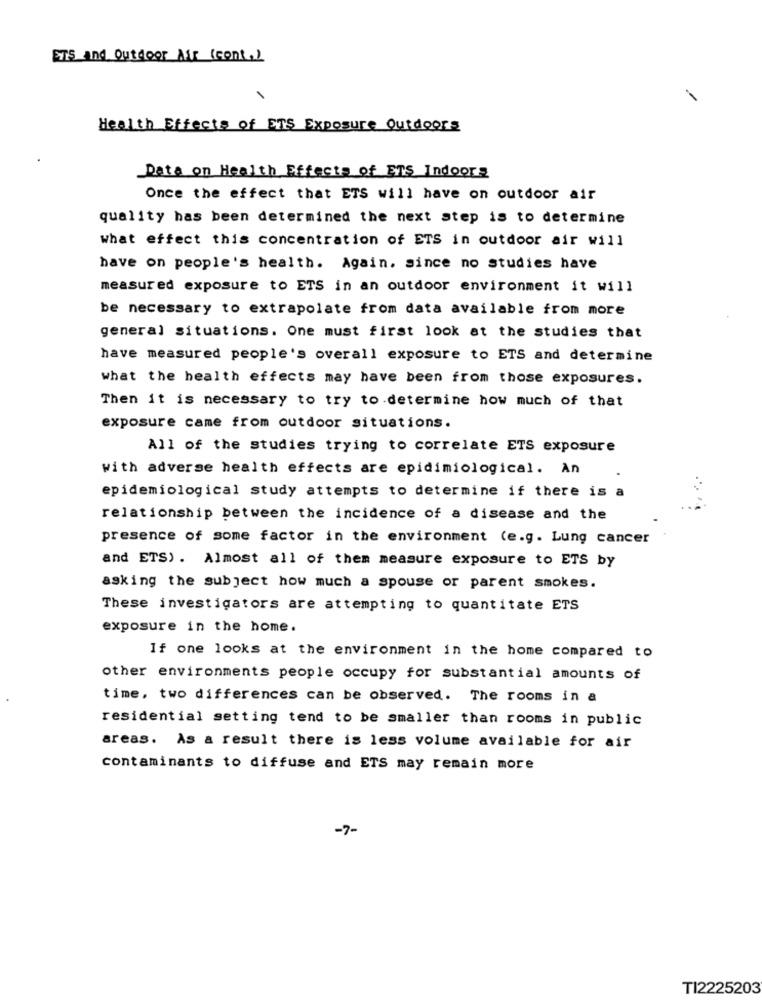
ETS and Outdoor Air (cont.)
Health Effects of ETS Exposure Outdoors
Data on Health Effects of Ens Indoors
Once the effect that ETS will have on outdoor air
quality has been determined the next step is to determine
what effect this concentration of ETS in outdoor air will
have on people's health. Again. since no studies have
measured exposure to ETS in an outdoor environment it will
be necessary to extrapolate from data available from more
general situations. One must first look at the studies that
have measured people's overall exposure to ETS and determine
what the health effects may have been from those exposures.
Then it is necessary to try to determine how much of that
exposure came from outdoor situations.
All of the studies trying to correlate ETS exposure
with adverse health effects are epidimiological. An
epidemiological study attempts to determine if there is a
relationship between the incidence of a disease and the
presence of some factor in the environment (e.g. Lung cancer
and ETS). Almost all of them measure exposure to ETS by
asking the subject how much a spouse or parent smokes.
These investigators are attempting to quantitate ETS
exposure in the home.
If one looks at the environment in the home compared to
other environments people occupy for substantial amounts of
time, two differences can be observed. The rooms in a
residential setting tend to be smaller than rooms in public
areas. As a result there is less volume available for air
contaminants to diffuse and ETS may remain more
-7-
TI2225203